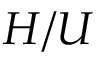
H / U